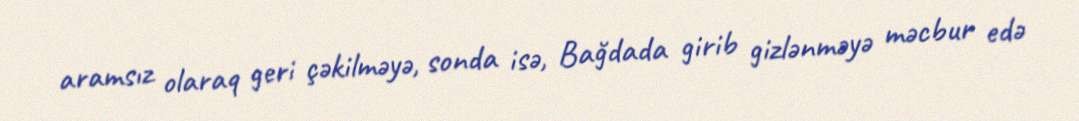
aramsız olaraq geri çəkilməyə, sonda isə, Bağdada girib gizlənməyə məcbur edə